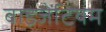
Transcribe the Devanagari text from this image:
बाइजेंटियम